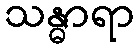
သန္ဓာရာ